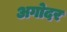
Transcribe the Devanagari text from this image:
अगोदर